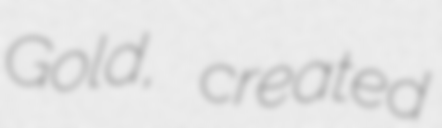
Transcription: Gold, created